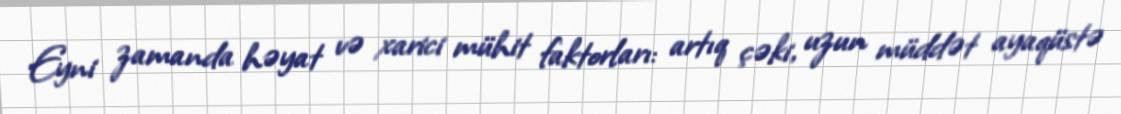
Eyni zamanda həyat və xarici mühit faktorları: artıq çəki, uzun müddət ayaqüstə